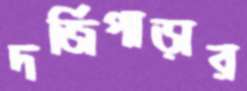
দর্জিপাড়ার